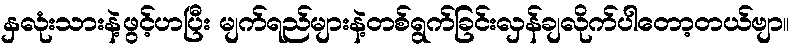
နှလုံးသားနဲ့ဖွင့်ဟပြီး မျက်ရည်များနဲ့တစ်ရွက်ခြင်းလှန်ချလိုက်ပါတော့တယ်ဗျာ။